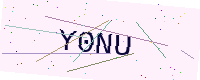
Text: Y0NU